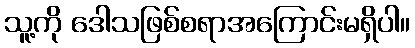
သူ့ကို ဒေါသဖြစ်စရာအကြောင်းမရှိပါ။